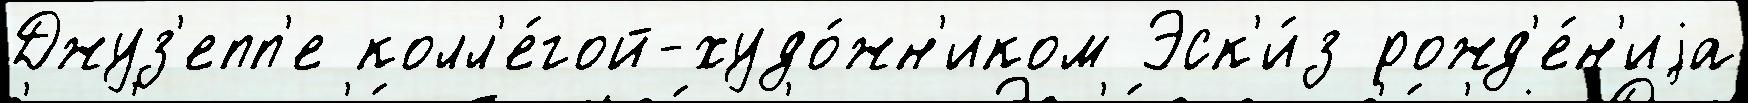
Джуз'епп'е колл'е́гой-худо́жн'иком Эск'и́з рожд'е́н'иjа